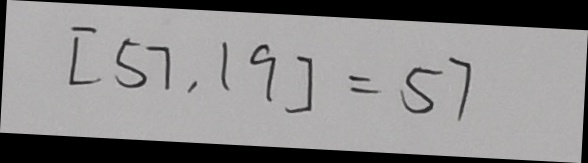
[ 5 7 , 1 9 ] = 5 7